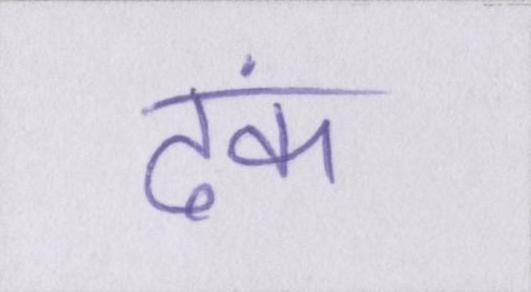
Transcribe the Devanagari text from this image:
ढंक